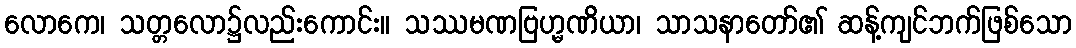
လောကေ၊ သတ္တလော၌လည်းကောင်း။ သဿမဏဗြဟ္မဏိယာ၊ သာသနာတော်၏ ဆန့်ကျင်ဘက်ဖြစ်သော